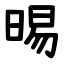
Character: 晹